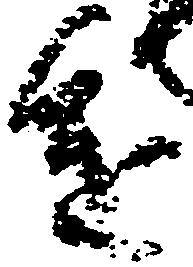
進